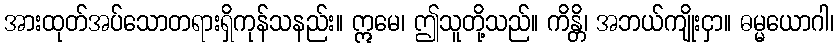
အားထုတ်အပ်သောတရားရှိကုန်သနည်း။ ဣမေ၊ ဤသူတို့သည်။ ကိန္တိ၊ အဘယ်ကျိုးငှာ။ ဓမ္မယောဂါ၊